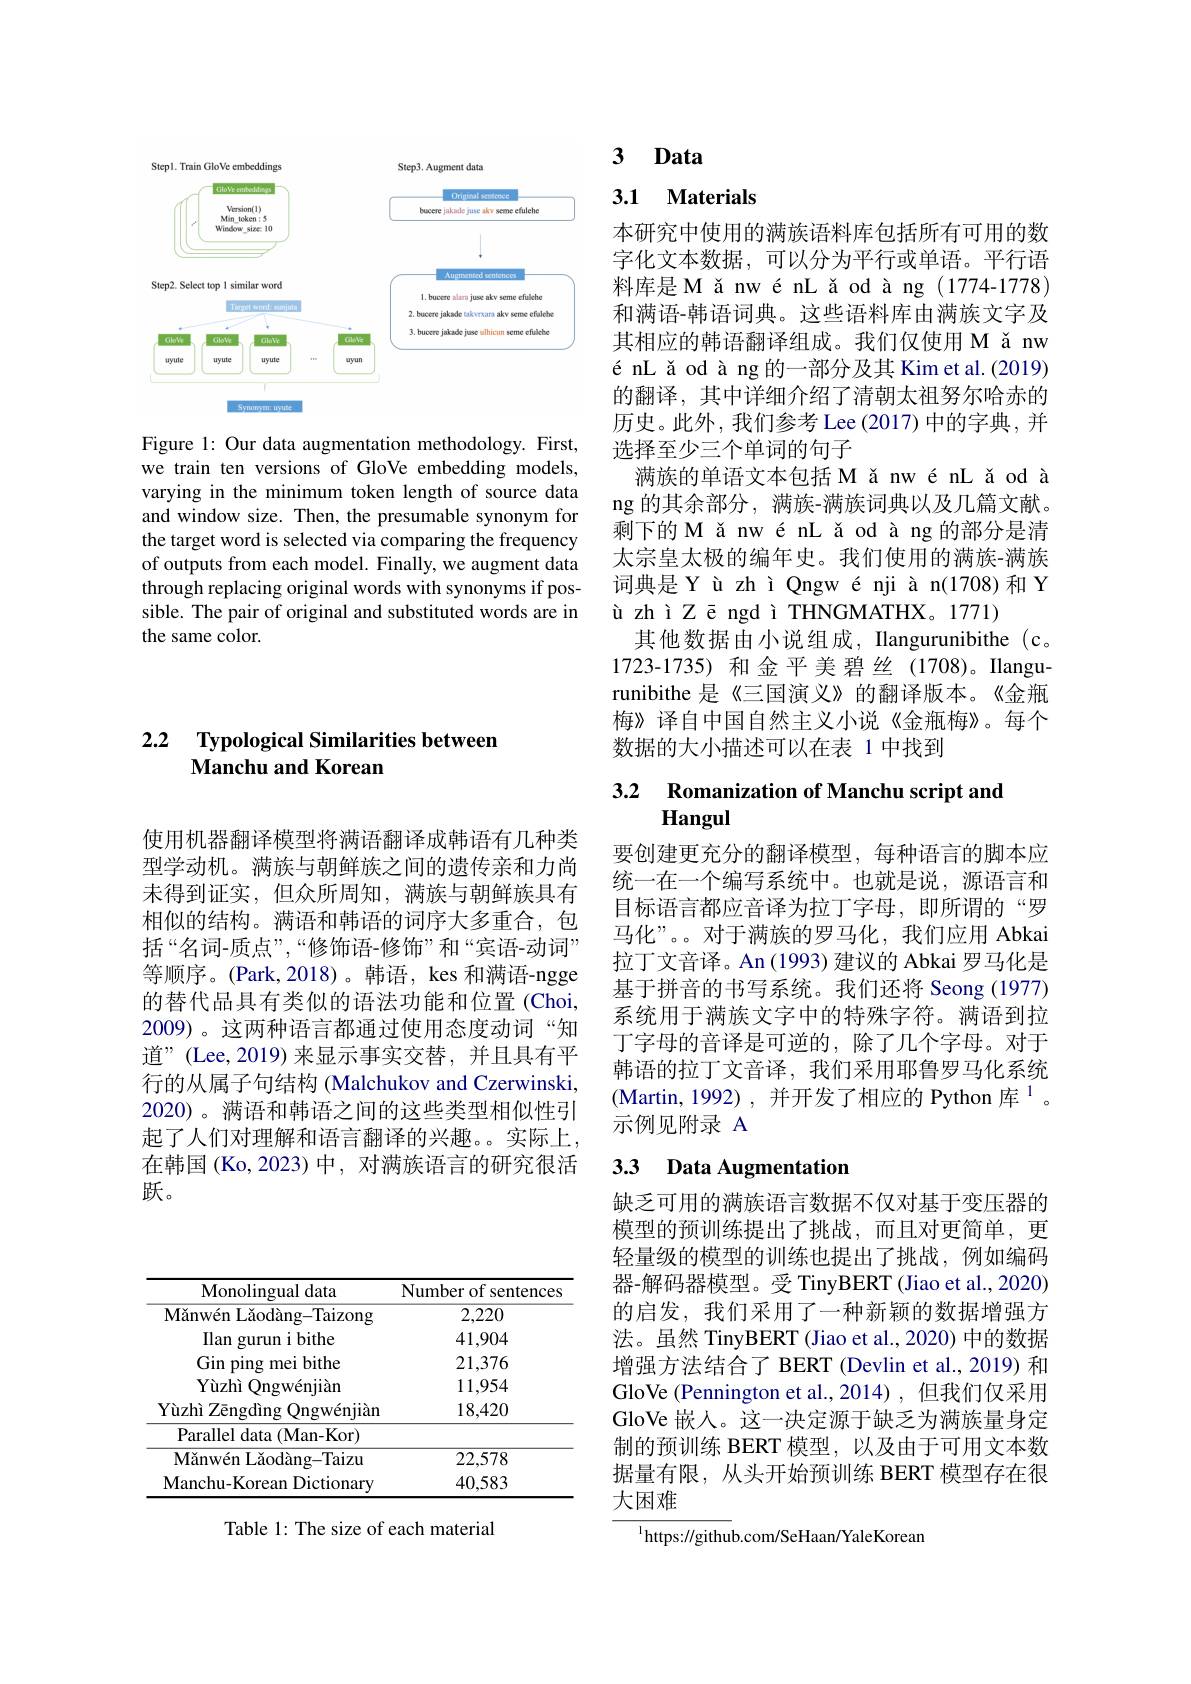
<FigureHere>

Figure 1: Our data augmentation methodology. First, we train ten versions of GloVe embedding models, varying in the minimum token length of source data and window size. Then, the presumable synonym for the target word is selected via comparing the frequency of outputs from each model. Finally, we augment data through replacing original words with synonyms if possible. The pair of original and substituted words are in the same color.

## 2.2 Typological Similarities between Manchu and Korean

使用机器翻译模型将满语翻译成韩语有几种类型学动机。满族与朝鲜族之间的遗传亲和力尚未得到证实，但众所周知，满族与朝鲜族具有相似的结构。满语和韩语的词序大多重合，包括“名词-质点”,“修饰语-修饰”和“宾语-动词” 等顺序。(Park,2018)。韩语，kes 和满语-ngge 的替代品具有类似的语法功能和位置(Choi, 2009)。这两种语言都通过使用态度动词“知道”(Lee,2019)来显示事实交替，并且具有平行的从属子句结构 (Malchukov and Czerwinski, 2020)。满语和韩语之间的这些类型相似性引起了人们对理解和语言翻译的兴趣。。实际上， 在韩国 (Ko,2023) 中，对满族语言的研究很活跃。

# 3 Data

## 3.1 $\textbf{Materials}$

本研究中使用的满族语料库包括所有可用的数字化文本数据，可以分为平行或单语。平行语料库是M ǎnwénL ǎodàng (1774-1778) 和满语-韩语词典。这些语料库由满族文字及其相应的韩语翻译组成。我们仅使用 M ǎ nw énL ǎ od à ng 的一部分及其 Kim et al.(2019) 的翻译，其中详细介绍了清朝太祖努尔哈赤的历史。此外，我们参考 Lee (2017) 中的字典，并选择至少三个单词的句子
满族的单语文本包括 M ǎ nwénL ǎ od à ng 的其余部分，满族-满族词典以及几篇文献。剩下的M ǎ nwénL ǎ od à ng 的部分是清太宗皇太极的编年史。我们使用的满族-满族词典是YùzhìQngwénjiàn(1708)和Y ùzhìZēngdìTHNGMATHX。1771)
其他数据由小说组成，Ilangurunibithe (c。1723-1735) 和金平美碧丝 (1708)。Ilangurunibithe 是《三国演义》的翻译版本。《金瓶梅》译自中国自然主义小说《金瓶梅》。每个数据的大小描述可以在表 1 中找到

3.2 Romanization of Manchu script and

要创建更充分的翻译模型，每种语言的脚本应统一在一个编写系统中。也就是说，源语言和目标语言都应音译为拉丁字母，即所谓的“罗马化”。。对于满族的罗马化，我们应用 Abkai 拉丁文音译。An(1993) 建议的 Abkai 罗马化是基于拼音的书写系统。我们还将 Seong (1977) 系统用于满族文字中的特殊字符。满语到拉丁字母的音译是可逆的，除了几个字母。对于韩语的拉丁文音译，我们采用耶鲁罗马化系统(Martin, 1992), 并开发了相应的 Python 库$^{1}$。示例见附录 A

# 3.3 Data Augmentation

缺乏可用的满族语言数据不仅对基于变压器的模型的预训练提出了挑战，而且对更简单，更轻量级的模型的训练也提出了挑战，例如编码器-解码器模型。受 TinyBERT (Jiao et al., 2020) 的启发，我们采用了一种新颖的数据增强方法。虽然 TinyBERT (Jiao et al., 2020) 中的数据增强方法结合了 BERT (Devlin et al., 2019) 和GloVe (Pennington et al.,2014) ,但我们仅采用GloVe 嵌人。这一决定源于缺乏为满族量身定制的预训练 BERT 模型，以及由于可用文本数据量有限，从头开始预训练 BERT 模型存在很大困难

${^{1}\mathrm{https://githu}}$b.com/SeHaan/YaleKorean

<table>
	<tbody>
		<tr>
			<th>Monolingual data</th>
			<th>Number of sentences</th>
		</tr>
		<tr>
			<td>$\overline{\text{Mănwén Lăodàng-Taizong}}$</td>
			<td>2,220</td>
		</tr>
		<tr>
			<td>Ilan gurun i bithe</td>
			<td>41,904</td>
		</tr>
		<tr>
			<td>Gin ping mei bithe</td>
			<td>21,376</td>
		</tr>
		<tr>
			<td>$\mathbf{Yuzhi}$ Ongw$\acute{e}$nji$\grave{a}$n</td>
			<td>11,954</td>
		</tr>
		<tr>
			<td>$\mathbf{Yùzhì}$ $\operatorname{i}Z$ēngdìng ${\mathrm{g~Ongwénjiàn}}$</td>
			<td>18,420</td>
		</tr>
		<tr>
			<td>Parallel data (Man-Kor)</td>
			<td> </td>
		</tr>
		<tr>
			<td>M$\u {a}$nw$\' {e}$nL$\u {a}$od$\` {a}$ng- Taizu</td>
			<td>22,578</td>
		</tr>
		<tr>
			<td>Manchu-Korean Dictionary</td>
			<td>40,583</td>
		</tr>
	</tbody>
</table>

Table 1: The size of each material